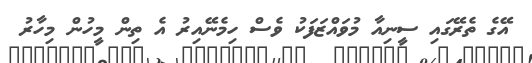
އޭގެ ތެރޭގައި ސީނިއާ މުވައްޒަފަކު ވެސް ހިމެނޭއިރު އެ ތިން މީހުން މިހާރު